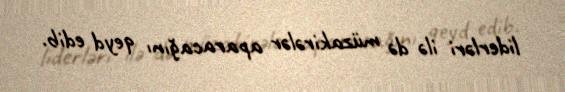
liderləri ilə də müzakirələr aparacağını qeyd edib.